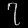
Digit: ၇